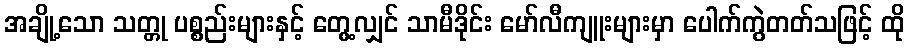
အချို့သော သတ္တု ပစ္စည်းများနှင့် တွေ့လျှင် သာမီဒိုင်း မော်လီကျူးများမှာ ပေါက်ကွဲတတ်သဖြင့် ထို